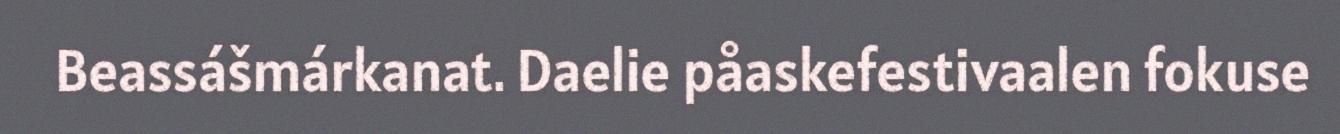
Beassášmárkanat. Daelie påaskefestivaalen fokuse